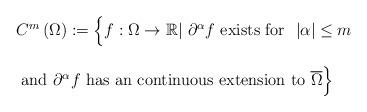
LaTeX: \begin{align*}\begin{array}{ll}C^m\left(\Omega\right):={\Big \{} f:\Omega \rightarrow {\mathbb R}|~\partial^{\alpha}f \mbox{ exists~for~}~|\alpha|\leq m\\\\\mbox{ and }\partial^{\alpha}f \mbox{ has an continuous extension to } \overline{\Omega}{\Big \}}\end{array}\end{align*}